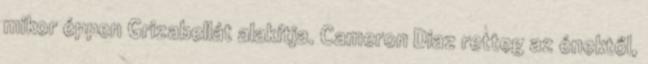
mikor éppen Grizabellát alakítja. Cameron Diaz retteg az énektől,